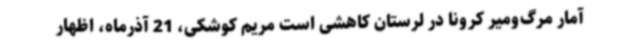
آمار مرگ‌ومیر کرونا در لرستان کاهشی است مریم کوشکی، 21 آذرماه، اظهار